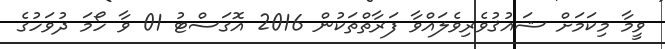
ވީމާ މިކަމަށް ޝައުޤުވެރިވެލައްވާ ފަރާތްތަކުން 2016 އޮގަސްޓު 01 ވާ ހޯމަ ދުވަހުގެ